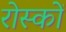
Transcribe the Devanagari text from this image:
रोस्कों